Indian journal of veterinary science and animal husbandry - Volume 1,
Year: 1931
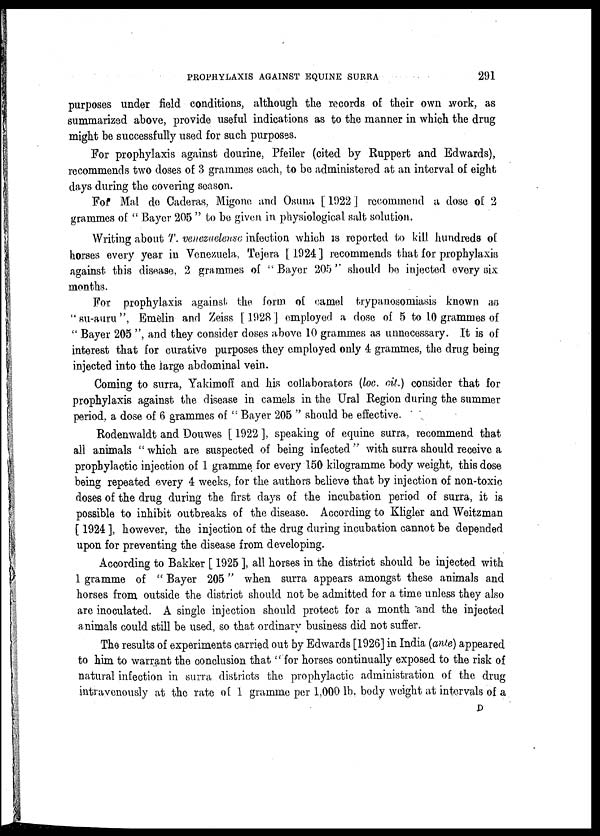
PROPHYLAXIS AGAINST EQUINE SURRA
291
purposes under field conditions, although the records of their own work, as
summarized above, provide useful indications as to the manner in which the drug
might be successfully used for such purposes.
For prophylaxis against dourine, Pfeiler (cited by Ruppert and Edwards),
recommends two doses of 3 grammes each, to be administered at an interval of eight
days during the covering season.
For Mal do Caderas, Migone and Osuna [ 1922 ] recommend a dose of 2
grammes of " Bayer 205 " to be given in physiological salt solution.
Writing about T. venezuelense infection which is reported to kill hundreds of
horses every year in Venezuela, Tejera [ 1924 ] recommends that for prophylaxis
against this disease, 2 grammes of "Bayer 205'' should be injected every six
months.
For prophylaxis against the form of camel trypanosomiasis known as
"su-auru", Emelin and Zeiss [1928] employed a dose of 5 to 10 grammes of
" Bayer 205 ", and they consider doses above 10 grammes as unnecessary. It is of
interest that for curative purposes they employed only 4 grammes, the drug being
injected into the large abdominal vein.
Coming to surra, Yakimoff and his collaborators (loc. cit.) consider that for
prophylaxis against the disease in camels in the Ural Region during the summer
period, a dose of 6 grammes of " Bayer 205 " should be effective.
Rodenwaldt and Douwes [ 1922 ], speaking of equine surra, recommend that
all animals " which are suspected of being infected " with surra should receive a
prophylactic injection of 1 gramme for every 150 kilogramme body weight, this dose
being repeated every 4 weeks, for the authors believe that by injection of non-toxic
doses of the drug during the first days of the incubation period of surra, it is
possible to inhibit outbreaks of the disease. According to Kligler and Weitzman
[ 1924 ], however, the injection of the drug during incubation cannot be depended
upon for preventing the disease from developing.
According to Bakker [ 1925 ], all horses in the district should be injected with
1 gramme of " Bayer 205" when surra appears amongst these animals and
horses from outside the district should not be admitted for a time unless they also
are inoculated. A single injection should protect for a month and the injected
animals could still be used, so that ordinary business did not suffer.
The results of experiments carried out by Edwards [1926] in India (ante) appeared
to him to warrant the conclusion that " for horses continually exposed to the risk of
natural infection in surra districts the prophylactic administration of the drug
intravenously at the rate of 1 gramme per 1,000 lb. body weight at intervals of a
D